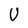
Character: U